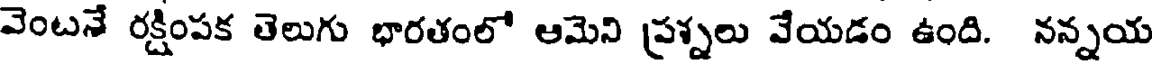
వెంటనే రక్షింపక తెలుగు భారతంలో ఆమెని ప్రశ్నలు వేయడం ఉంది. నన్నయ